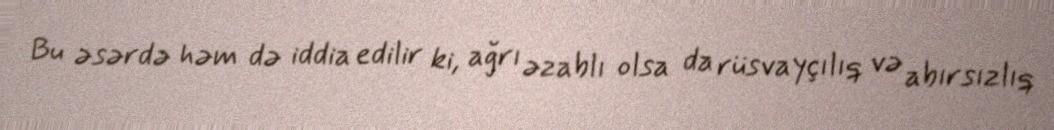
Bu əsərdə həm də iddia edilir ki, ağrı əzablı olsa da rüsvayçılıq və abırsızlıq